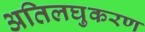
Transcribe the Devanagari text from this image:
अतिलघुकरण